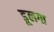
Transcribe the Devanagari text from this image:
डूलगा